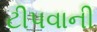
ટીપવાની